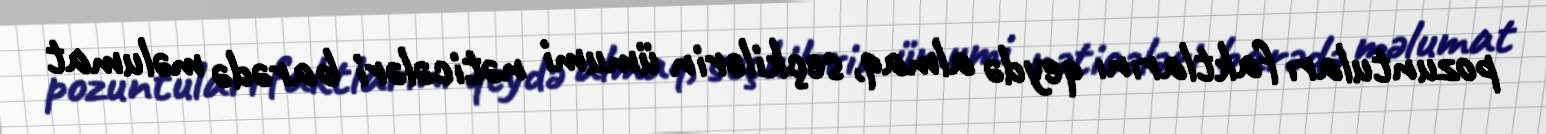
pozuntuları faktlarını qeydə almaq, seçkilərin ümumi nəticələri barədə məlumat